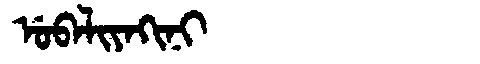
Manchu: ᡠᠪᠠᠯᡳᠶᠠᡴᡳᠨᡳ
Romanization: UBALIYAKINI